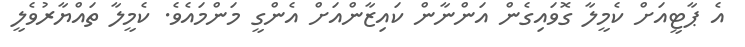
އެ ޕާޓީއަށް ކެމީލާ ގޮވައިގެން އަންނާން ކައިޒާންއަށް އެންގީ މަންމައެވެ. ކެމީލާ ތައްޔާރުވެލީ